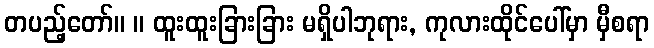
တပည့်တော်။ ။ ထူးထူးခြားခြား မရှိပါဘုရား, ကုလားထိုင်ပေါ်မှာ မှီစရာ